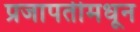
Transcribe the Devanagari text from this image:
प्रजापतीमधून